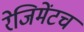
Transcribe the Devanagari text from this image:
रेजिमेंटच